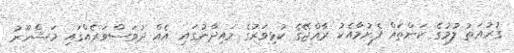
ގުރުއަތު ލުމުގެ ކަންތައް ފެށުމާއެކު ރާއްޖޭގެ ކުޅިވަރުގެ މައިދާނުގައި އެއް ދުވަސްވަރެއްގައި މަޝްހޫރު